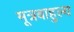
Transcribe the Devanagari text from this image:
मूत्रबाहुल्य